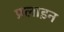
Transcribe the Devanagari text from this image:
प्रलाइन